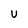
Character: U